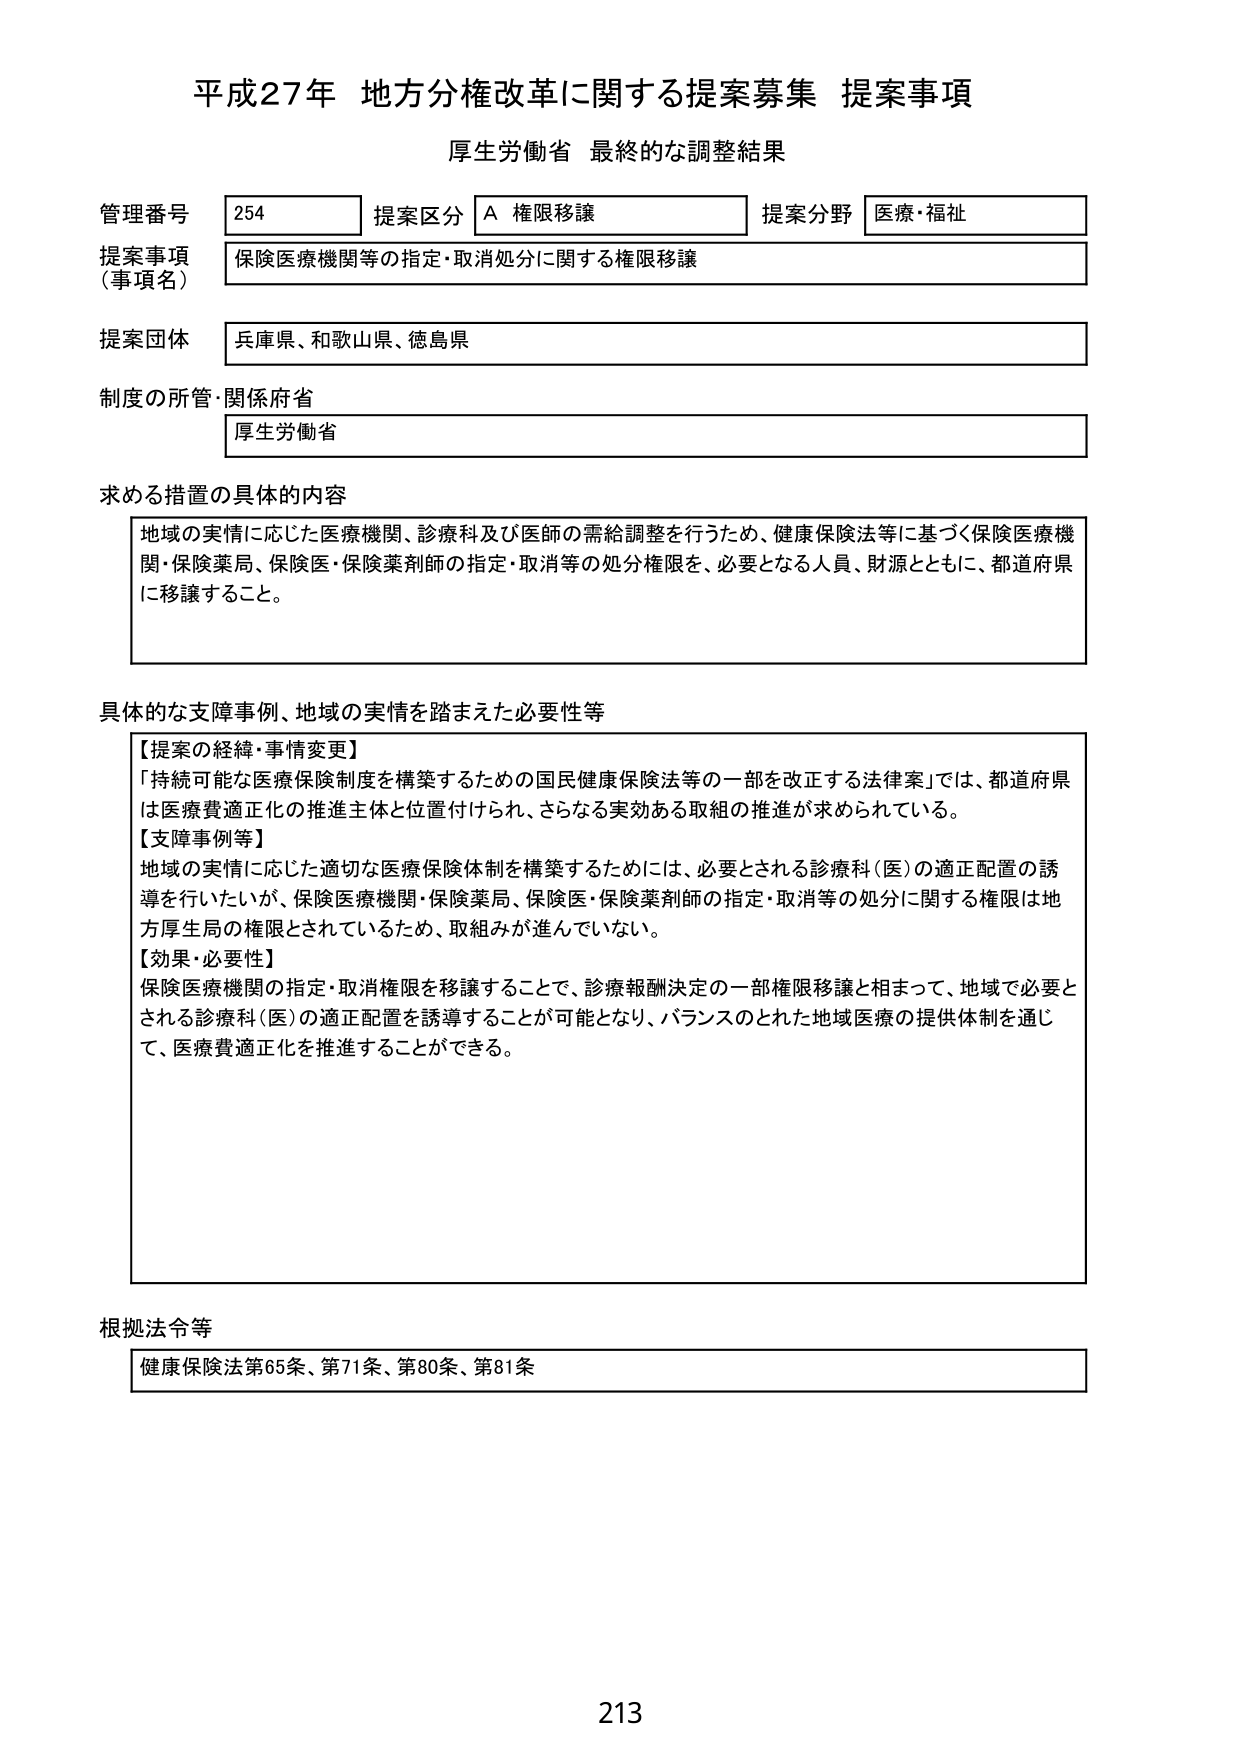
平成27年 地方分権改革に関する提案募集 提案事項
厚生労働省 最終的な調整結果

管理番号 254
提案区分 A 権限移譲
提案分野 医療・福祉

提案事項（事項名）
保険医療機関等の指定・取消処分に関する権限移譲

提案団体
兵庫県、和歌山県、徳島県

制度の所管・関係府省
厚生労働省

求める措置の具体的内容
地域の実情に応じた医療機関、診療科及び医師の需給調整を行うため、健康保険法等に基づく保険医療機関・保険薬局、保険医・保険薬剤師の指定・取消等の処分権限を、必要となる人員、財源とともに、都道府県に移譲すること。

具体的な支障事例、地域の実情を踏まえた必要性等
【提案の経緯・事情変更】
「持続可能な医療保険制度を構築するための国民健康保険法等の一部を改正する法律案」では、都道府県は医療費適正化の推進主体と位置付けられ、さらなる実効ある取組の推進が求められている。
【支障事例等】
地域の実情に応じた適切な医療保険体制を構築するためには、必要とされる診療科（医）の適正配置の誘導を行いたいが、保険医療機関・保険薬局、保険医・保険薬剤師の指定・取消等の処分に関する権限は地方厚生局の権限とされているため、取組みが進んでいない。
【効果・必要性】
保険医療機関の指定・取消権限を移譲することで、診療報酬決定の一部権限移譲と相まって、地域で必要とされる診療科（医）の適正配置を誘導することが可能となり、バランスのとれた地域医療の提供体制を通じて、医療費適正化を推進することができる。

根拠法令等
健康保険法第65条、第71条、第80条、第81条

213